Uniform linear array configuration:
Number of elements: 16
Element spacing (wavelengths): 0.25
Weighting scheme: kaiser
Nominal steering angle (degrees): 45
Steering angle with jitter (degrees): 46.436
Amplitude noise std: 0.05
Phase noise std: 0.05

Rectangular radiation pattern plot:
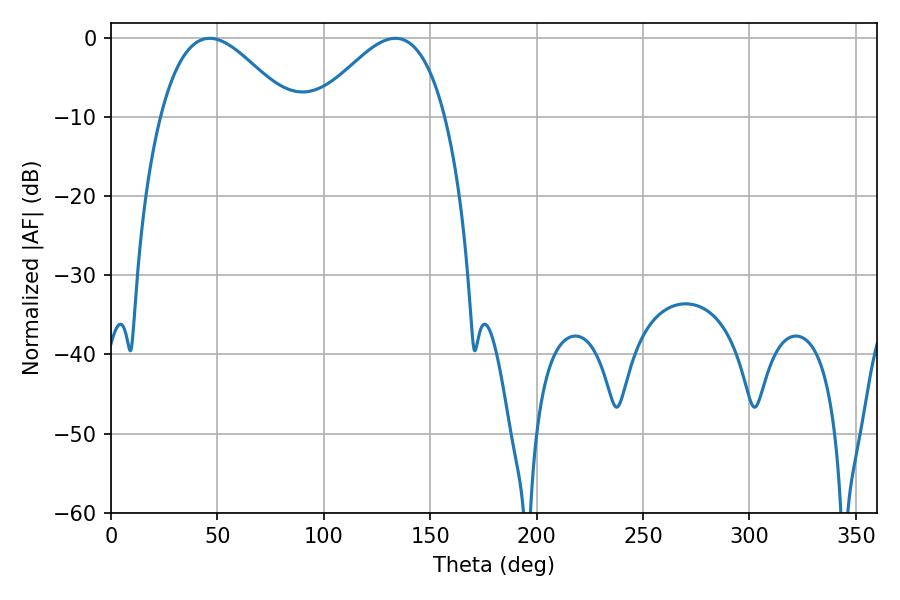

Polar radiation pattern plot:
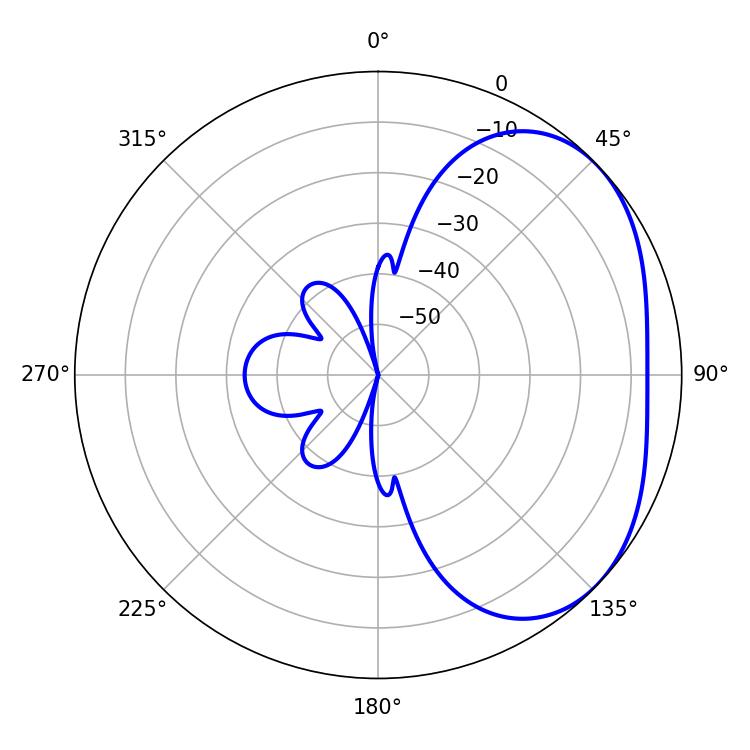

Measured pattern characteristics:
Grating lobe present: FALSE
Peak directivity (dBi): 3.101
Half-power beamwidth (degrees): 32.94
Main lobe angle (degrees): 46.44